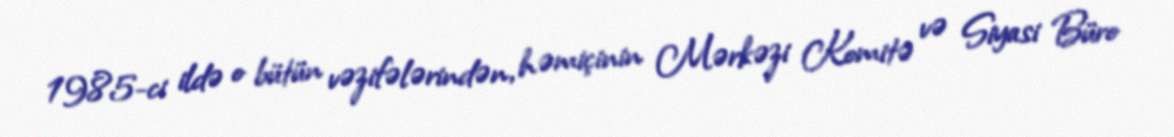
1985-ci ildə o bütün vəzifələrindən, həmiçinin Mərkəzi Komitə və Siyasi Büro